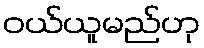
ဝယ်ယူမည်ဟု